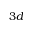
3 d